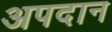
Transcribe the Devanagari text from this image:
अपदान